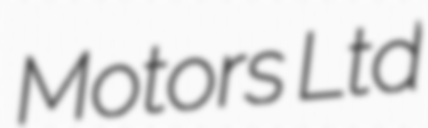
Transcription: Motors Ltd